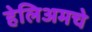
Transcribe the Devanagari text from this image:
हेलिअमचे